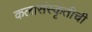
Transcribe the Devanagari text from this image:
कलासंस्कृतीची